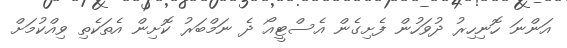
އަންނަ ހޮނިހިރު ދުވަހުން ފެށިގެން އެސްޓީއޯ ދެ ނަމްބަރު ކޮށިން އެތަކެތި ވިއްކުމަށް